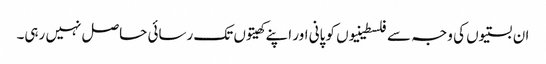
ان بستیوں کی وجہ سے فلسطینیوں کو پانی اور اپنے کھیتوں تک رسائی حاصل نہیں رہی۔